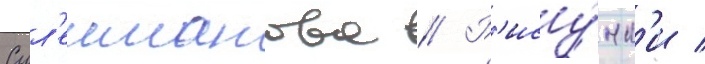
Сул'еиманова // Р'ису́нк'и /